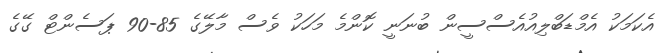
އެކަމަކު އެމްޑަބްލިއުއެސްސީން ބުނަނީ ކޮންމެ މަހަކު ވެސް މާލޭގެ 85-90 ޕަސެންޓް ގޭގެ